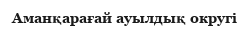
Аманқарағай ауылдық округі